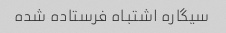
سیگاره اشتباه فرستاده شده